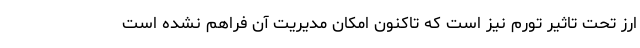
ارز تحت تاثیر تورم نیز است که تاکنون امکان مدیریت آن فراهم نشده است